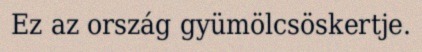
Ez az ország gyümölcsöskertje.